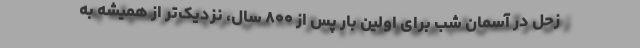
زحل در آسمان شب برای اولین بار پس از ۸۰۰ سال، نزدیک‌تر از همیشه به